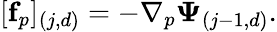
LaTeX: \begin{array}{r}{[\mathbf{f}_{p}]_{(j,d)}=-\nabla_{p}\boldsymbol{\Psi}_{(j-1,d)}.}\end{array}